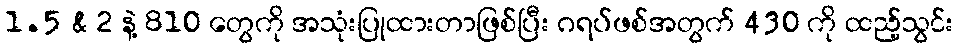
1.5 & 2 နဲ့ 810 တွေကို အသုံးပြုထားတာဖြစ်ပြီး ဂရပ်ဖစ်အတွက် 430 ကို ထည့်သွင်း